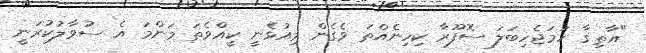
"އާތިޤާ ހަމަޖެހިބަލަ ސޮފޫރާ ކިހިނެއްތަ ވެގެން މިއުޅެނީ ކީއްވެތަ މަންމަ އެ ސުވާލުކުރަނީ